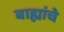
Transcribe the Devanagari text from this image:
बाह्यांचे